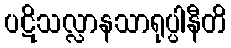
ပဋိသလ္လာနသာရုပ္ပါနီတိ